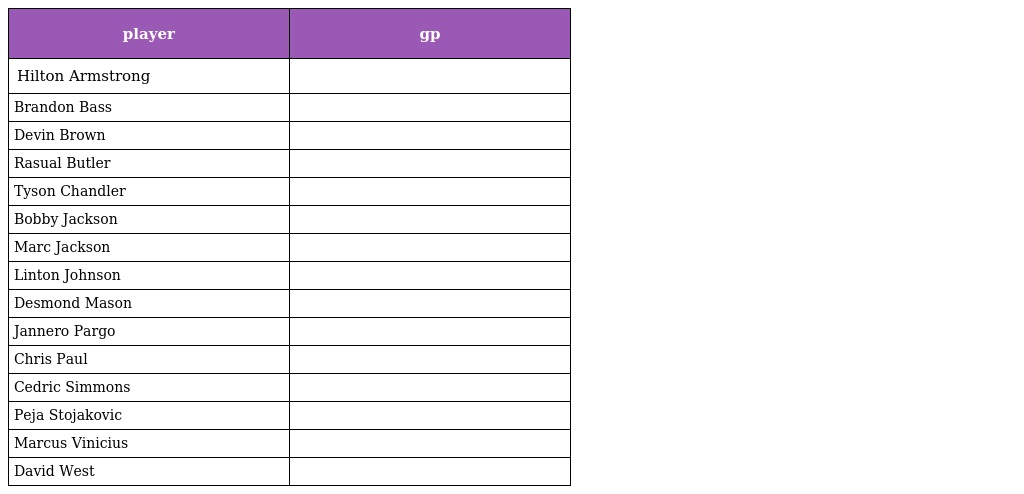
| player | gp |
 | --- | --- |
 | Hilton Armstrong |  |
 | Brandon Bass |  |
 | Devin Brown |  |
 | Rasual Butler |  |
 | Tyson Chandler |  |
 | Bobby Jackson |  |
 | Marc Jackson |  |
 | Linton Johnson |  |
 | Desmond Mason |  |
 | Jannero Pargo |  |
 | Chris Paul |  |
 | Cedric Simmons |  |
 | Peja Stojakovic |  |
 | Marcus Vinicius |  |
 | David West |  |